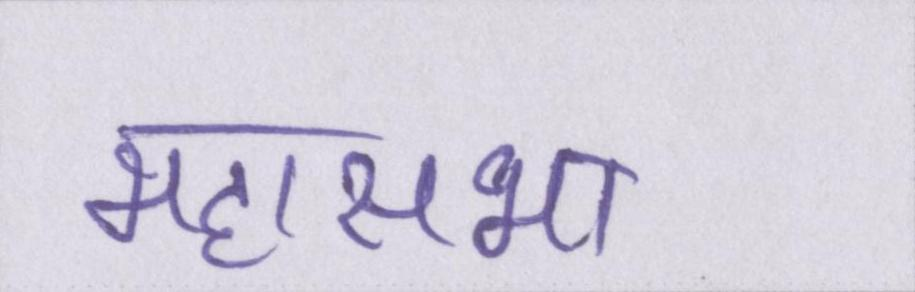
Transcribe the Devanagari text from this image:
महासभा